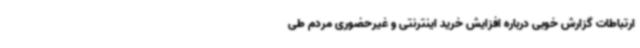
ارتباطات گزارش خوبی درباره افزایش خرید اینترنتی و غیرحضوری مردم طی